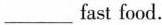
____ fast food.